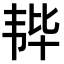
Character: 𫖒